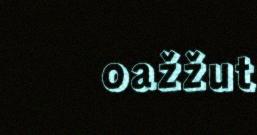
oažžut